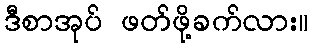
ဒီစာအုပ် ဖတ်ဖို့ခက်လား။